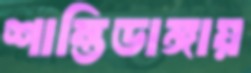
শান্তিডাঙ্গায়